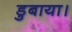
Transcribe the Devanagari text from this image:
डुबाया।